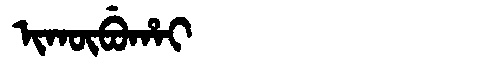
Manchu: ᡳᡴᡡᠪᡠᡥᠠᡳ
Romanization: IKŪBUHAI